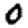
Digit: 0